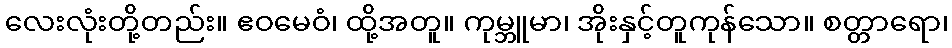
လေးလုံးတို့တည်း။ ဧဝမေဝံ၊ ထို့အတူ။ ကုမ္ဘူမာ၊ အိုးနှင့်တူကုန်သော။ စတ္တာရော၊